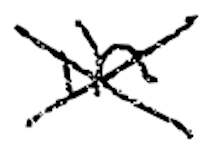
Text: in
Cross-out: cross
Writing tool: digital_black